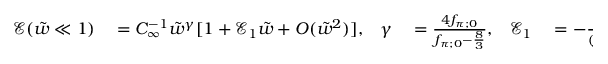
\begin{array} { r l r l r l } { \mathcal { E } ( \tilde { w } \ll 1 ) } & { { } = C _ { \infty } ^ { - 1 } \tilde { w } ^ { \gamma } [ 1 + \mathcal { E } _ { 1 } \tilde { w } + O ( \tilde { w } ^ { 2 } ) ] , } & { \gamma } & { { } = \frac { 4 f _ { \pi ; 0 } } { f _ { \pi ; 0 } - \frac { 8 } { 3 } } , } & { \mathcal { E } _ { 1 } } & { { } = - \frac { \frac { 3 2 } { 3 } f _ { \pi ; 1 } } { ( f _ { \pi ; 0 } - \frac { 8 } { 3 } ) ^ { 2 } } , } \end{array}